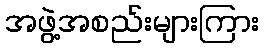
အဖွဲ့အစည်းများကြား